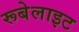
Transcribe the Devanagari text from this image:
रूबेलाइट